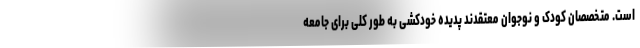
است. متخصصان کودک و نوجوان معتقدند پدیده خودکشی به طور کلی برای جامعه